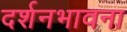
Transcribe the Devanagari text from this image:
दर्शनभावना